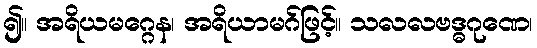
၍။ အရိယမဂ္ဂေန၊ အရိယာမဂ်ဖြင့်။ သလလဗဒ္ဓဂုဏေ၊